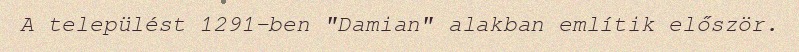
A települést 1291-ben "Damian" alakban említik először.